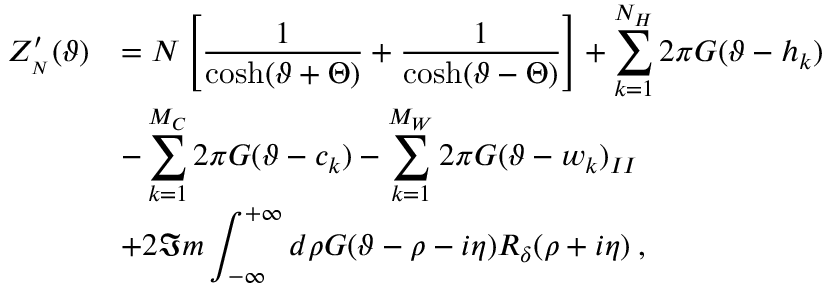
\begin{array} { r l } { { \displaystyle Z _ { _ { N } } ^ { \prime } ( \vartheta ) } } & { { = N \left[ \displaystyle \frac { 1 } { \cosh ( \vartheta + \Theta ) } + \displaystyle \frac { 1 } { \cosh ( \vartheta - \Theta ) } \right] + \displaystyle \sum _ { k = 1 } ^ { N _ { H } } 2 \pi G ( \vartheta - h _ { k } ) } } \\ { { } } & { { - \displaystyle \sum _ { k = 1 } ^ { M _ { C } } 2 \pi G ( \vartheta - c _ { k } ) - \displaystyle \sum _ { k = 1 } ^ { M _ { W } } 2 \pi G ( \vartheta - w _ { k } ) _ { I I } } } \\ { { } } & { { + 2 \Im m \displaystyle \int _ { - \infty } ^ { + \infty } d \rho G ( \vartheta - \rho - i \eta ) { \cal R } _ { \delta } ( \rho + i \eta ) \: , } } \end{array}